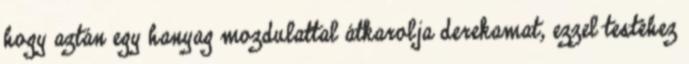
hogy aztán egy hanyag mozdulattal átkarolja derekamat, ezzel testéhez